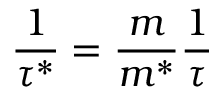
{ \frac { 1 } { \tau ^ { * } } } = { \frac { m } { m ^ { * } } } { \frac { 1 } { \tau } }